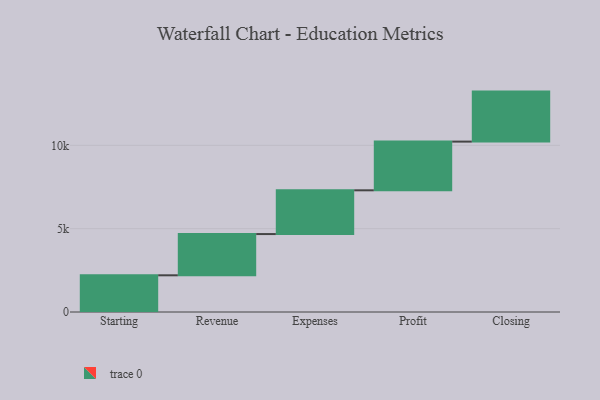
{"axis": {"x": "Step", "y": "Value"}, "legend": [""], "data": [{"x": "Starting", "y": 2202.0, "type": ""}, {"x": "Revenue", "y": 2474.0, "type": ""}, {"x": "Expenses", "y": 2625.0, "type": ""}, {"x": "Profit", "y": 2922.0, "type": ""}, {"x": "Closing", "y": 3000, "type": ""}]}